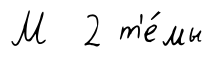
М 2 т'е́мы